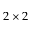
2 \times 2